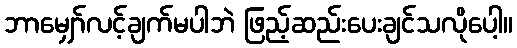
ဘာမျှော်လင့်ချက်မပါဘဲ ဖြည့်ဆည်းပေးချင်သလိုပေါ့။